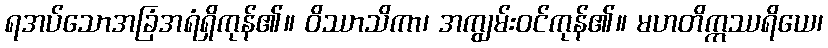
ရအပ်သောအခြံအရံရှိကုန်၏။ ဝိဿာသိကာ၊ အကျွမ်းဝင်ကုန်၏။ မဟတိဣဿရိယေ၊